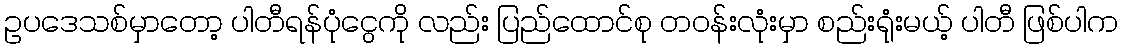
ဥပဒေသစ်မှာတော့ ပါတီရန်ပုံငွေကို လည်း ပြည်ထောင်စု တဝန်းလုံးမှာ စည်းရုံးမယ့် ပါတီ ဖြစ်ပါက